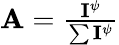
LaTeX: \begin{array}{r}{\mathbf{A}=\frac{\mathbf{I}^{\psi}}{\sum\mathbf{I}^{\psi}}}\end{array}